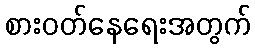
စားဝတ်နေရေးအတွက်